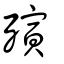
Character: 殥